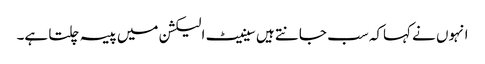
انہوں نے کہاکہ سب جانتے ہیں سینیٹ الیکشن میں پیسہ چلتا ہے۔